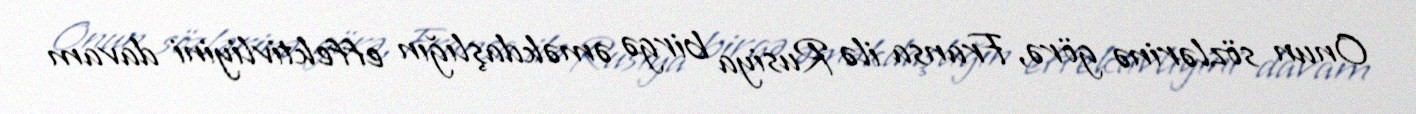
Onun sözlərinə görə, Fransa ilə Rusiya birgə əməkdaşlığın effektivliyini davam